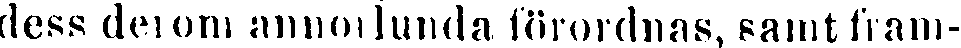
dess derom annorlunda förordnas, samt fram-